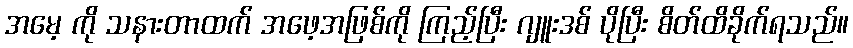
အမေ့ ကို သနားတာထက် အဖေ့အဖြစ်ကို ကြည့်ပြီး ဂျူးဒစ် ပိုပြီး စိတ်ထိခိုက်ရသည်။